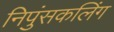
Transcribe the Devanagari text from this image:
निपुंसकलिंग